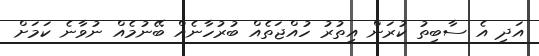
އަދި އެ ސާބިތު ކުރަން އިތުރު ހުއްޖަތެއް ބުރުހާނެއް ބޭނުމެއް ނުވާނެ ކަމަށް